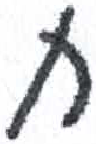
אות: ח